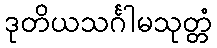
ဒုတိယသင်္ဂါမသုတ္တံ